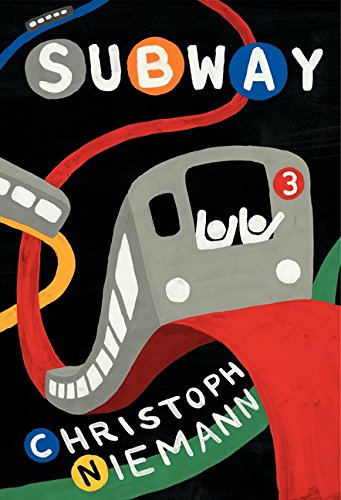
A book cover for Subway; Christoph Niemann; Children's Books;